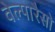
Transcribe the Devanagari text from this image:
वेल्पारैसो